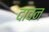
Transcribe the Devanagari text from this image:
दावन